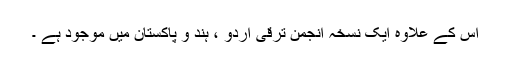
اس کے علاوہ ایک نسخہ انجمن ترقی اردو ، ہند و پاکستان میں موجود ہے ۔